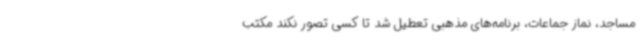
مساجد، نماز جماعات، برنامه‌های مذهبی تعطیل شد تا کسی تصور نکند مکتب